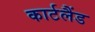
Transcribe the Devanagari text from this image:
कार्टलैंड